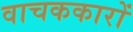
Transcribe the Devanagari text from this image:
वाचककारों